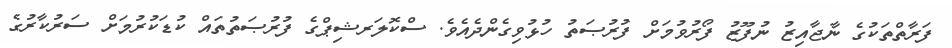
ފަރާތްތަކުގެ ނާޖާއިޒު ނުފޫޒު ފޯރުވުމަށް ފުރުޞަތު ހުޅުވިގެންދެއެވެ. ސްކޮލަރޝިޕްގެ ފުރުޞަތުތައް ކުޑަކުރުމަށް ސަރުކާރުގެ